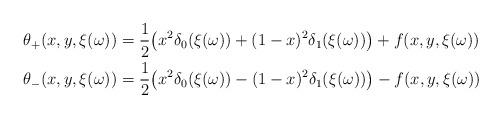
LaTeX: \begin{align*} \theta_+(x,y,\xi(\omega)) &= \frac{1}{2}\big(x^2\delta_0(\xi(\omega)) + (1-x)^2\delta_1(\xi(\omega))\big) + f(x,y,\xi(\omega))\\ \theta_{-}(x,y,\xi(\omega)) &= \frac{1}{2}\big(x^2\delta_0(\xi(\omega)) - (1-x)^2\delta_1(\xi(\omega))\big) - f(x,y,\xi(\omega))\end{align*}